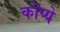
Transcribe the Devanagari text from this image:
कोप्ये